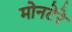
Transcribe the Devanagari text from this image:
मोनटेरे